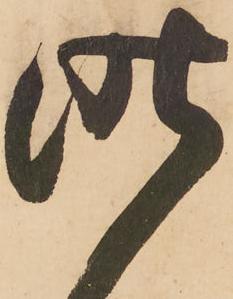
昨